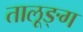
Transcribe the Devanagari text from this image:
तालूङ्ग